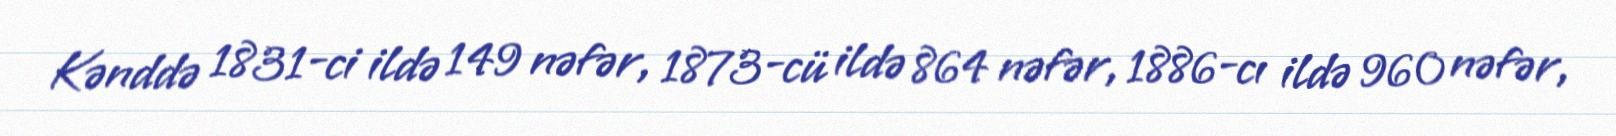
Kənddə 1831-ci ildə 149 nəfər, 1873-cü ildə 864 nəfər, 1886-cı ildə 960 nəfər,